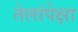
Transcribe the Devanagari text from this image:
तेलांपेक्षा